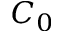
C _ { 0 }